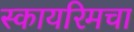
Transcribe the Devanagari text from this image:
स्कायरिमचा